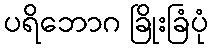
ပရိဘောဂ ခြိုးခြံပုံ